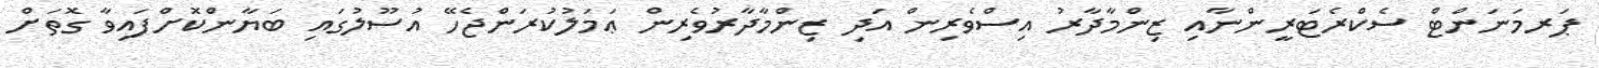
ޕަރމަނަންޓް ސެކްރެޓަރީންނާއި ޒިންމާދާރު އިސްވެރިން އަދި ޒިންމާދާރުވެރިން ޢަމަލުކުރަންޖެހޭ އުސޫލުގައި ބަޔާންކޮށްފައިވާ ގޮތަށް